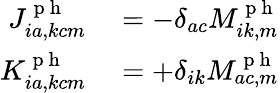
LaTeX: \begin{array}{rl}{J_{ia,kcm}^{\mathrm{~p~h~}}}&{{}=-\delta_{ac}M_{ik,m}^{\mathrm{~p~h~}}}\\ {K_{ia,kcm}^{\mathrm{~p~h~}}}&{{}=+\delta_{ik}M_{ac,m}^{\mathrm{~p~h~}}}\end{array}